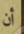
أن